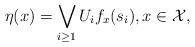
LaTeX: \begin{align*}\eta(x)=\bigvee_{i\geq 1} U_if_x(s_i),x\in \mathcal{X},\end{align*}